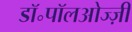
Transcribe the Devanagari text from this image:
डॉ॰पॉलओज्ज़ी